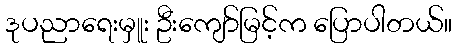
ဒုပညာရေးမှူး ဦးကျော်မြင့်က ပြောပါတယ်။